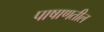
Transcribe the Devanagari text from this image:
पाषाणतील